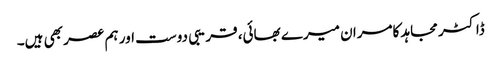
ڈاکٹر مجاہد کامران میرے بھائی، قریبی دوست اور ہم عصر بھی ہیں۔